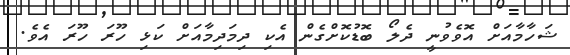
ޝަހާމާއަށް އޮވެވުނީ ދެލޯ ބޮޑުކޮށްގެން އެކި ދިމަދިމާއަށް ކަޅި ހޫރަ ހޫރަ އެވެ.